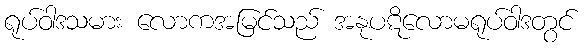
ရုပ်ဝါဒသမား လောကအမြင်သည် အနုပဋိလောမရုပ်ဝါဒတွင်